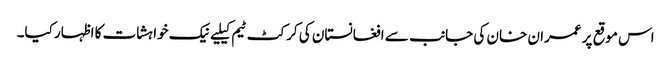
اس موقع پر عمران خان کی جانب سے افغانستان کی کرکٹ ٹیم کیلیےنیک خواہشات کا اظہار کیا۔